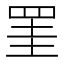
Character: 罣